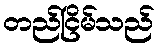
တည်ငြိမ်သည်